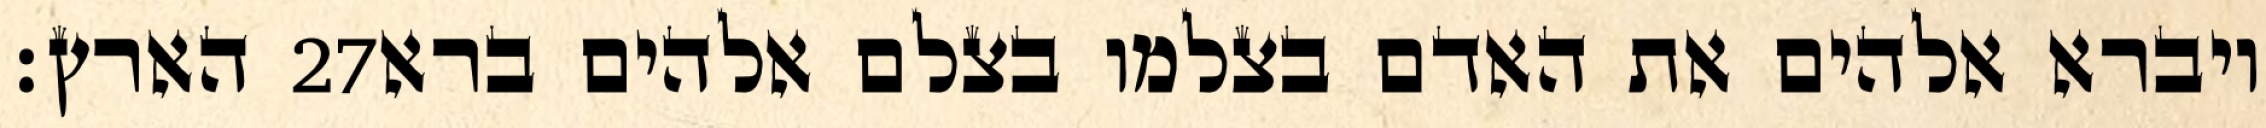
הארץ׃ ‎27‏ ויברא אלהים את האדם בצלמו בצלם אלהים ברא